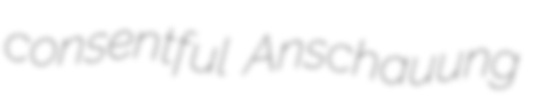
consentful Anschauung